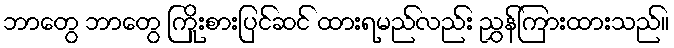
ဘာတွေ ဘာတွေ ကြိုးစားပြင်ဆင် ထားရမည်လည်း ညွှန်ကြားထားသည်။